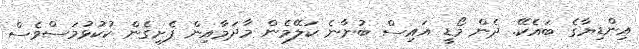
އިންޑިޔާގެ ބައެކޭ. ދެން މޯޑީ އައިސް ބުނާނެ ކަލޭމެން މާދަމާއިން ފެށިގެން ކުކުޅުމަސްވެސް